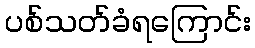
ပစ်သတ်ခံရကြောင်း